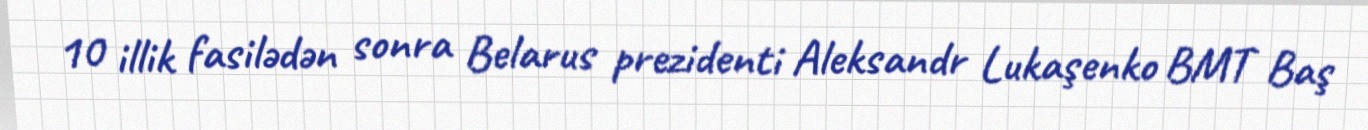
10 illik fasilədən sonra Belarus prezidenti Aleksandr Lukaşenko BMT Baş